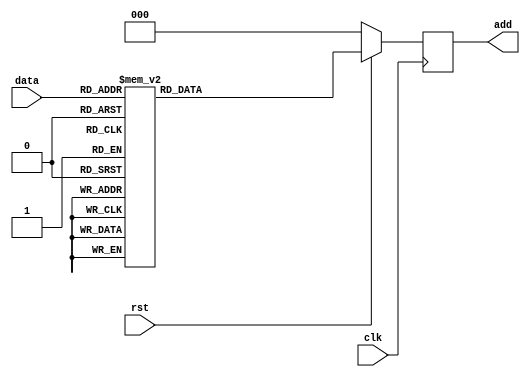
module test(clk,rst,data,add);
	input clk,rst;
	input [3:0] data;
	
	output reg [2:0] add;
	
	always @ (posedge clk)
		begin
			if(!rst)
				begin
					add<=0;
				end
			
			else
				begin
					case(data)
						0,1,2,3:			add<=1;
						4,5,6,7:			add<=2;
						8,9,10,11:		add<=3;
						12,13,14,15:	add<=4;
						default: ;
					endcase
				end
		end
endmodule